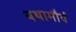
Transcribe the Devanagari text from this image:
यथामौर्य